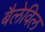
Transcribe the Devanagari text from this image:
बैलेविल